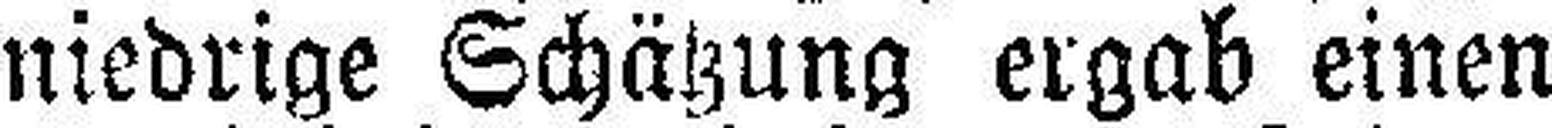
niedrige Schätzung ergab einen